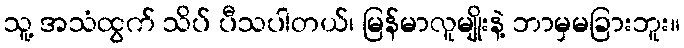
သူ့ အသံထွက် သိပ် ပီသပါတယ်၊ မြန်မာလူမျိုးနဲ့ ဘာမှမခြားဘူး။